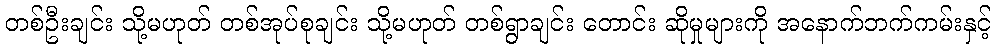
တစ်ဦးချင်း သို့မဟုတ် တစ်အုပ်စုချင်း သို့မဟုတ် တစ်ရွာချင်း တောင်း ဆိုမှုများကို အနောက်ဘက်ကမ်းနှင့်